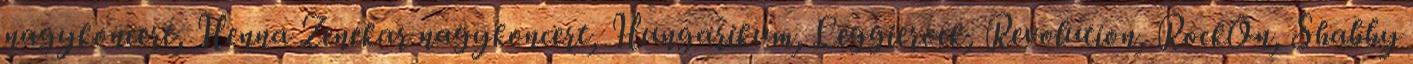
nagykoncert, Henna Zenekar nagykoncert, Hungarikum, Leggierock, Revolution, RockOn, Shabby